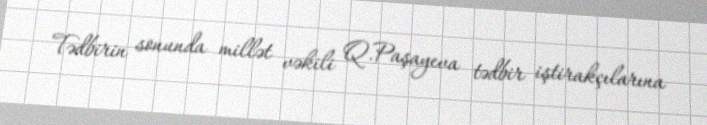
Tədbirin sonunda millət vəkili Q.Paşayeva tədbir iştirakçılarına